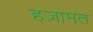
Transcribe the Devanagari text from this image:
हज़ामत